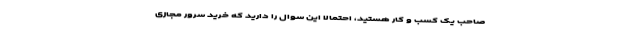
صاحب یک کسب و کار هستید، احتمالا این سوال را دارید که خرید سرور مجازی